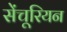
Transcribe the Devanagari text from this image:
सेंचूरियन